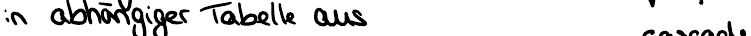
in abhängiger Tabelle aus